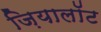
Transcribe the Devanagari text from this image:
ज़ियालॉट